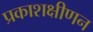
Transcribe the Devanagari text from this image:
प्रकाशक्षीणन